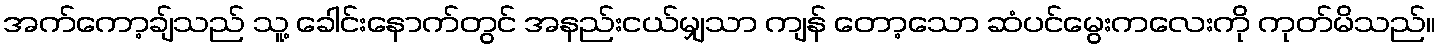
အက်ကော့ချ်သည် သူ့ ခေါင်းနောက်တွင် အနည်းငယ်မျှသာ ကျန် တော့သော ဆံပင်မွေးကလေးကို ကုတ်မိသည်။